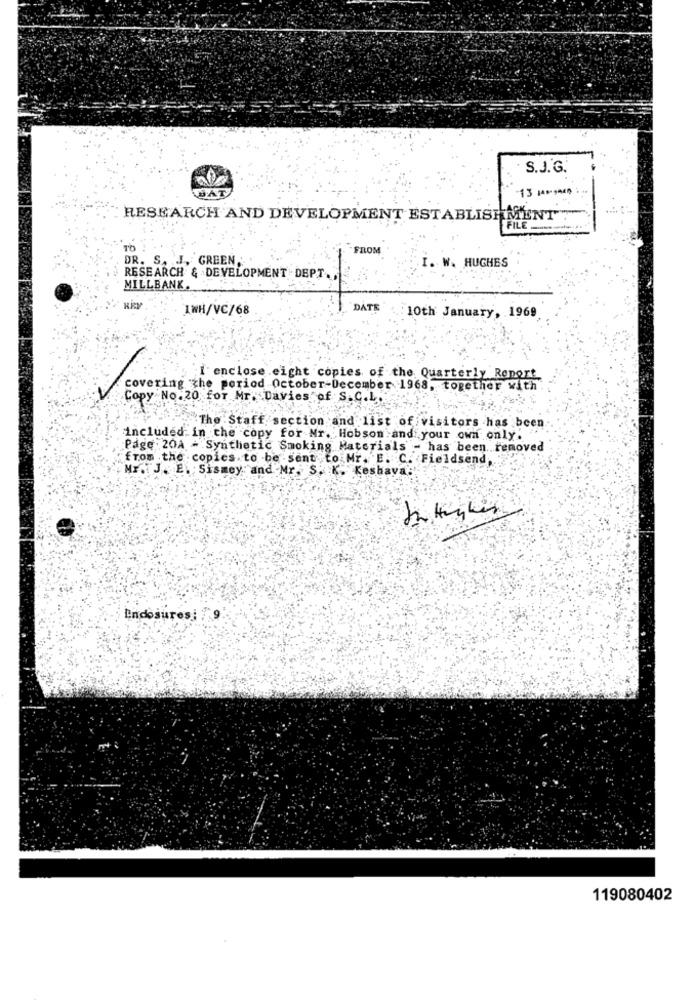
S.J. G.
BAT
RESEARCH AND DEVELOPMENT ESTABLISHMENT
FILE
TO
FROM
DR. S. J, GREEN ,
I. W. HUGHES
RESEARCH & DEVELOPMENT DEPT.
MILLBANK.
IWH/VC/68
DATE
10th January, 1969
I enclose eight copies of the Quarterly Report
covering the period October-December 1968, together with
Copy No.20 for Mr. Davies of S.C.L .:
The Staff section and list of visitors has been
included in the copy for Nr. Hobson and your own only.
Page: 20A - Synthetic Smoking Materials - has been removed
from the copies. to be sent to Mr. E. C. Fieldsend,
Mr. J. E. Sismey and Mr. S. K. Kesbava.
Endosuresi : 9
119080402